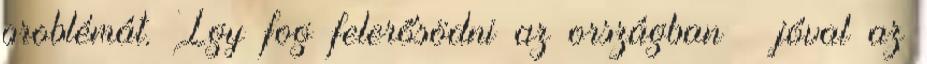
problémát. Így fog felerősödni az országban – jóval az